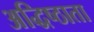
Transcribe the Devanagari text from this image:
अद्धिष्ठाता